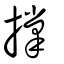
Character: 撐